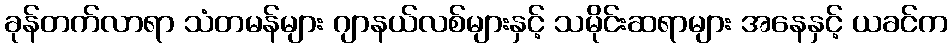
ခုန်တက်လာရာ သံတမန်များ ဂျာနယ်လစ်များနှင့် သမိုင်းဆရာများ အနေနှင့် ယခင်က